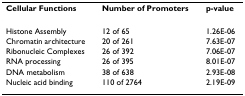
<table><thead><tr><td><b>Cellular Functions</b></td><td><b>Number of Promoters</b></td><td><b>p-value</b></td></tr></thead><tbody><tr><td>Histone Assembly</td><td>12 of 65</td><td>1.26E-06</td></tr><tr><td>Chromatin architecture</td><td>20 of 261</td><td>7.63E-07</td></tr><tr><td>Ribonucleic Complexes</td><td>26 of 392</td><td>7.06E-07</td></tr><tr><td>RNA processing</td><td>26 of 395</td><td>8.01E-07</td></tr><tr><td>DNA metabolism</td><td>38 of 638</td><td>2.93E-08</td></tr><tr><td>Nucleic acid binding</td><td>110 of 2764</td><td>2.19E-09</td></tr></tbody></table>